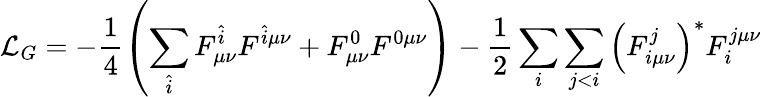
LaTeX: {\cal L}_{G}=-\frac{1}{4}\left(\sum_{\hat{i}}F_{\mu\nu}^{\hat{i}}F^{\hat{i}\mu\nu}+F_{\mu\nu}^{0}F^{0\mu\nu}\right)-\frac{1}{2}\sum_{i}\sum_{j<i}\left(F_{i\mu\nu}^{j}\right)^{*}F_{i}^{j\mu\nu}